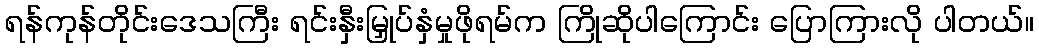
ရန်ကုန်တိုင်းဒေသကြီး ရင်းနှီးမြှုပ်နှံမှုဖိုရမ်က ကြိုဆိုပါကြောင်း ပြောကြားလို ပါတယ်။